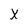
Character: X